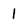
Character: 1